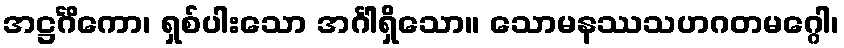
အဋ္ဌင်္ဂိကော၊ ရှစ်ပါးသော အင်္ဂါရှိသော။ သောမနဿသဟဂတမဂ္ဂေါ၊